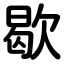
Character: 歇